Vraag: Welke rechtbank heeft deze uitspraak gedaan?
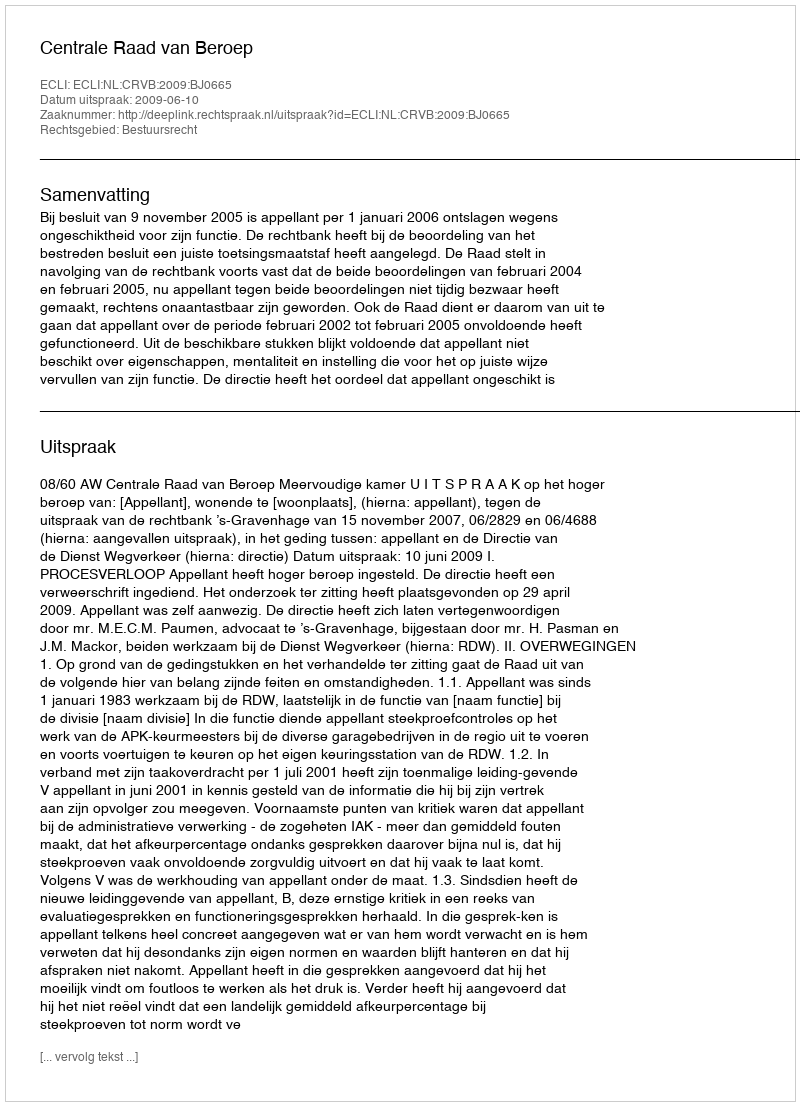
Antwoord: Centrale Raad van Beroep